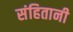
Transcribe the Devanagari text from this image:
संहितानी